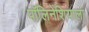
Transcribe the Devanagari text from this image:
पॉलिनेशियाला